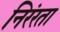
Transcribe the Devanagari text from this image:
निरंरता